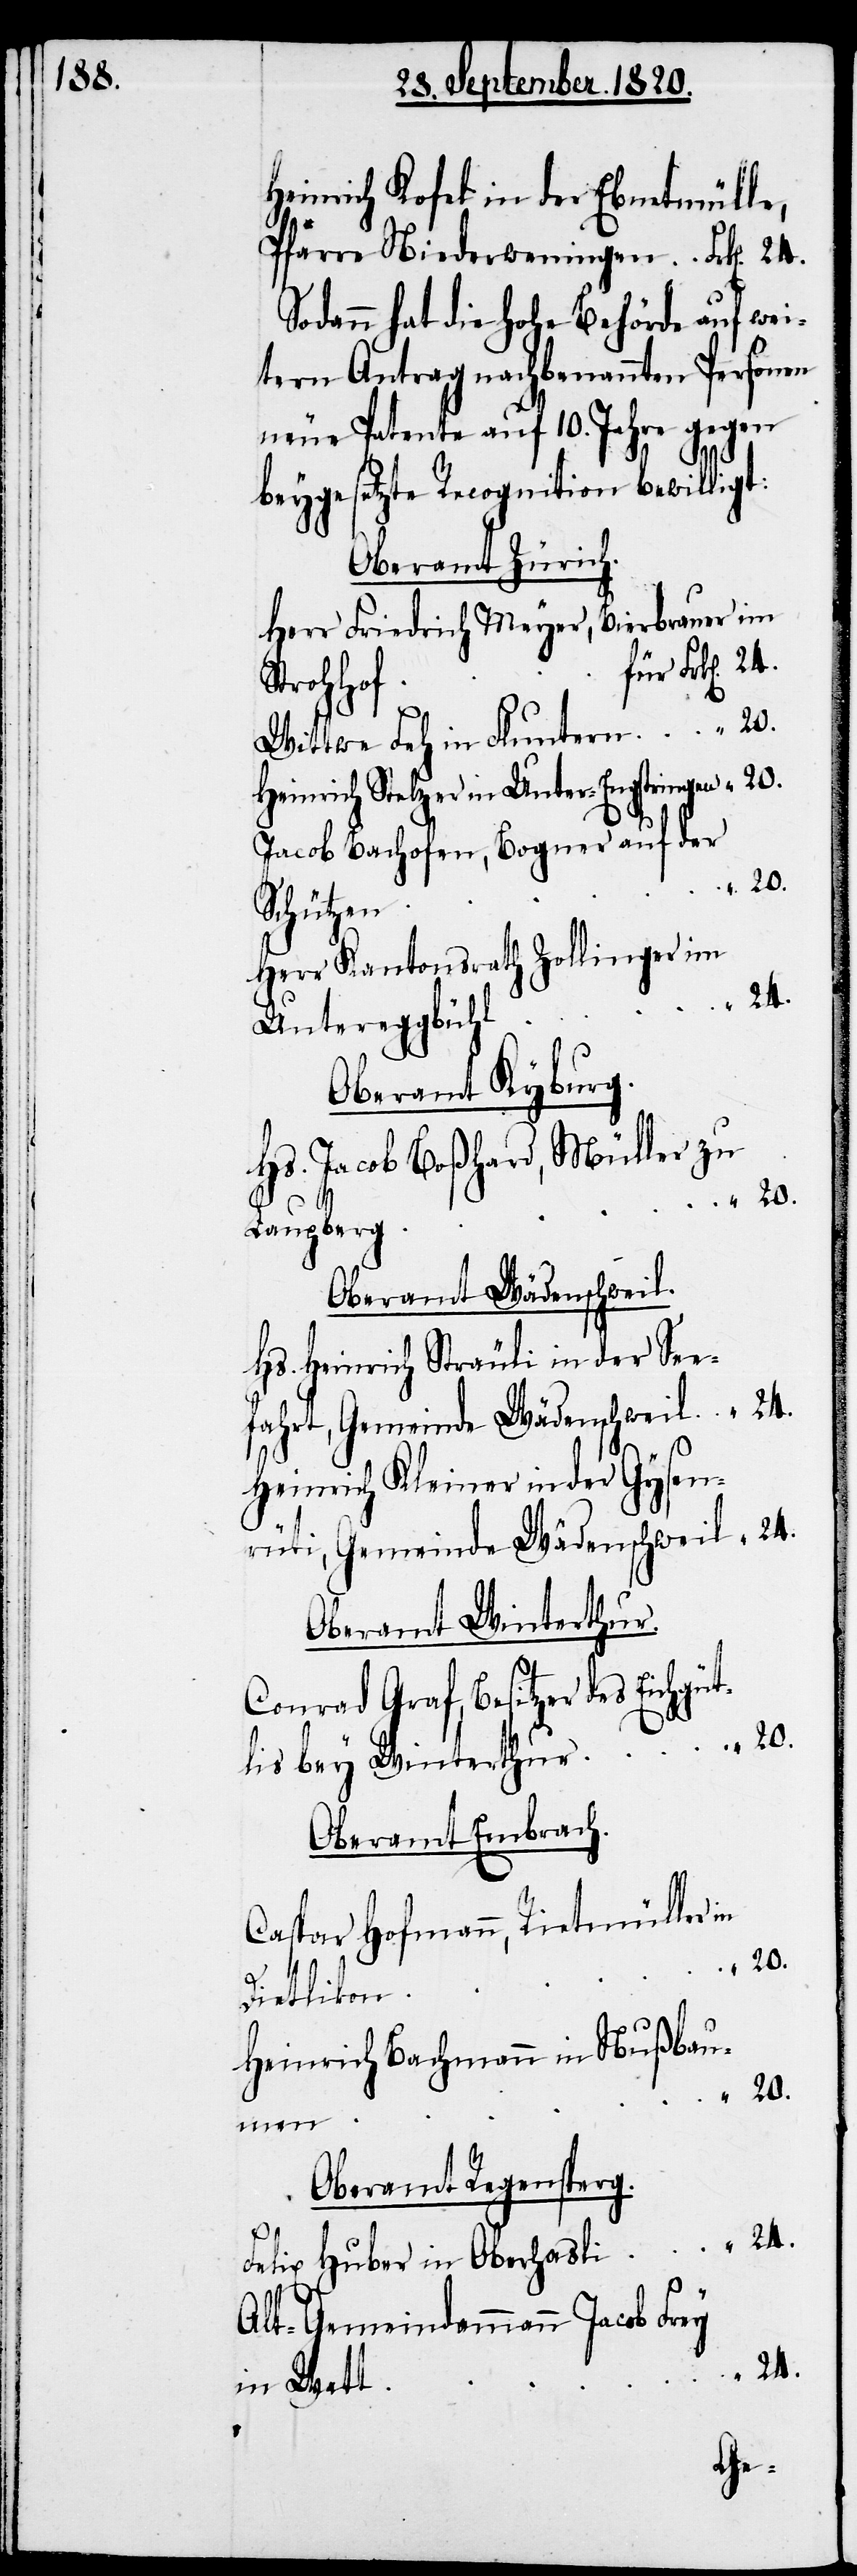
Heinrich Rofel in der Ebnetmülle,
Pfarre Niederweningen	Frk[en]. 	24.
Sodann hat die hohe Behörde auf wei¬
tern Antrag nachbenannten Personen
neue Patente auf 10. Jahre gegen
beygesetzte Recognition bewillig¬
Oberamt Zürich.
Herr Friedrich Meyer, Bierbrauer im
Strohhof
Heinrich Stelzer in
Jacob Bachofen, Bogner auf der
Herr Kantonsrath Zollinger im
Oberamt Kyburg.
Hs. Jacob Boßhard, Müller zu
Oberamt Wädenschweil.
Hs. Heinrich Sträuli in der See¬
fahrt, Gemeinde Wädenschweil	 “	24.
Heinrich Kleiner in der Gysen¬
rüti, Gemeinde Wädenschweil
Oberamt Winterthur.
Conrad Graf, Besitzer des Eichgü¬
tlis bey Winterthur			 “	20.
Oberamt Embrach.
Caspar Hofmann, Reitmüller in
Heinrich Bachmann in
Alt-Gemeindammann Jacob Frey
t: